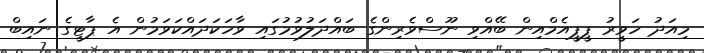
މިއަދު ހަވީރު ޕީޕީއެމްއިން ބޭއްވި ނޫސްވެރިންގެ ބައްދަލުވުމުގައި ވާހަކަދައްކަވަމުން އެ ޕާޓީގެ ނައިބް